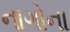
નાગોના